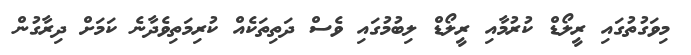
މިވަގުތުގައި ރީލޯޑް ކުރުމާއި ރީލޯޑް ލިބުމުގައި ވެސް ދަތިތަކެއް ކުރިމަތިވެދާނެ ކަމަށް ދިރާގުން